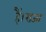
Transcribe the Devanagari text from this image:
हैं।राजा